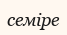
семіре